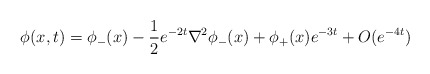
\begin{align*}\phi(x,t)=\phi_-(x)-\frac{1}{2} e^{-2t} \nabla^2 \phi_-(x)+\phi_+(x) e^{-3t}+O(e^{-4t})\end{align*}